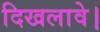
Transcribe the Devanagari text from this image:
दिखलावे।